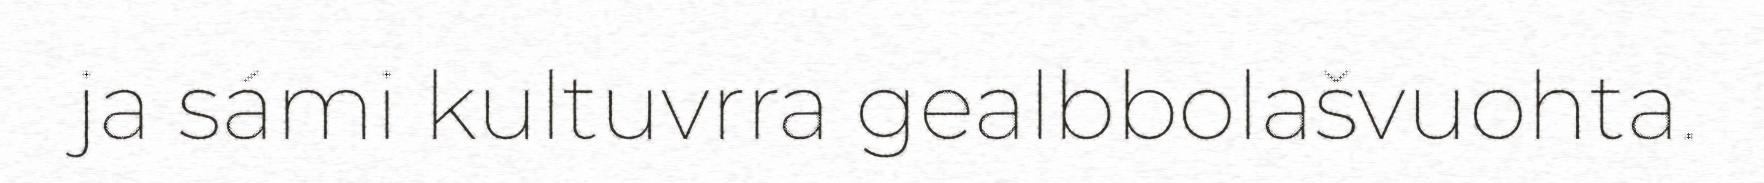
ja sámi kultuvrra gealbbolašvuohta.